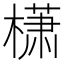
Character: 𰘩